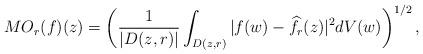
LaTeX: \begin{align*}MO_r(f)(z)= \left( \frac{1}{|D(z,r)|} \int_{D(z,r)} |f(w)-\widehat{f}_r(z)|^2 dV(w) \right)^{1/2},\end{align*}